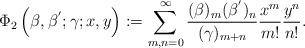
LaTeX: \begin{align*}\Phi_2\left(\beta,\beta^{'};\gamma;x,y\right):=\sum_{m,n=0}^\infty\frac{(\beta)_m(\beta^{'})_n}{(\gamma)_{m+n}} \frac{x^m}{m!}\frac{y^n}{n!}.\end{align*}